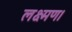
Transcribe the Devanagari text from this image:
लक्ष्मण।